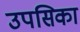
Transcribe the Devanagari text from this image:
उपसिका